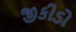
જીકીડો